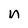
Character: n